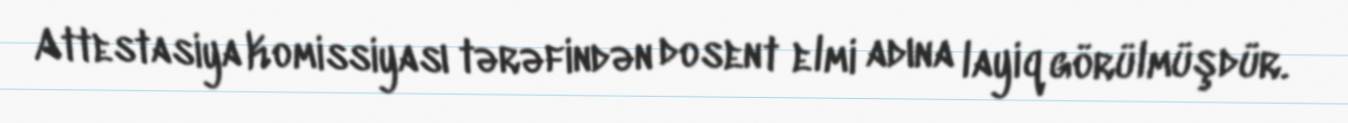
Attestasiya Komissiyası tərəfindən dosent elmi adına layiq görülmüşdür.